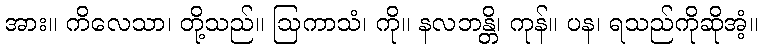
အား။ ကိလေသာ၊ တို့သည်။ ဩကာသံ၊ ကို။ နလဘန္တိ၊ ကုန်။ ပန၊ ရသည်ကိုဆိုအံ့။